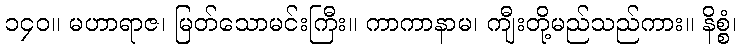
၁၄၀။ မဟာရာဇ၊ မြတ်သောမင်းကြီး။ ကာကာနာမ၊ ကျီးတို့မည်သည်ကား။ နိစ္စံ၊